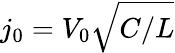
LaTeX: j_{0}=V_{0}\sqrt{C/L}